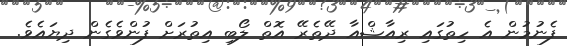
ފެނުމުން އެ ހިތުގައި ރިއާޝްއާ ދޭތެރޭ އޮތް ލޯބި އިތުރަށް ފުންވެގެން ދިޔައެވެ.